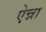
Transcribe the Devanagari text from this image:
ऐन्ना